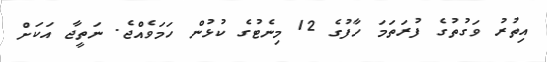
އިތުރު ވަގުތުގެ ފުރަތަމަ ހާފުގެ 12 މިނެޓުގެ ކުޅުން ހަމަވެއްޖެ. ނަތީޖާ އަކަށް